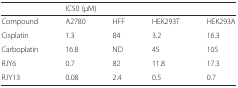
|  | <COLSPAN=4> IC50 (μM) |
 | --- | --- | --- | --- | --- |
 | Compound | A2780 | HFF | HEK293T | HEK293A |
 | Cisplatin | 1.3 | 84 | 3.2 | 16.3 |
 | Carboplatin | 16.8 | ND | 45 | 105 |
 | RJY6 | 0.7 | 82 | 11.8 | 17.3 |
 | RJY13 | 0.08 | 2.4 | 0.5 | 0.7 |